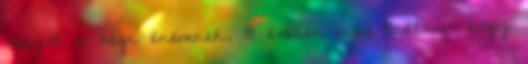
részét a régi énemnek. 18 évesen már tudtam, hogy